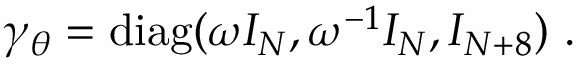
\gamma _ { \theta } = \mathrm { d i a g } ( \omega I _ { N } , \omega ^ { - 1 } I _ { N } , I _ { N + 8 } ) ~ .